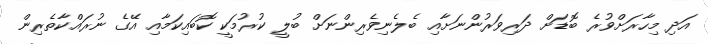
އަދި މިހާރަށްވުރެ ބޮޑަށް ދަރިވަރުންނަށާއި ބެލެނިވެރިންނަށް ބުލީ ކުރުމަކީ ކޮބައިކަމާއި އޭގެ ނުރައްކާތެރިން